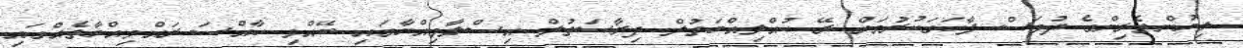
ލިޔުންތެރިންގެ ދުވަސް ފާހަގަކުރުމަށް ރޭ ކުއްލިއްޔަތުލް ދިރާސަތުލް އިސްލާމިއްޔާގައި ބޭއްވި ހާއްސަ ރައްމިއްޔާތެއްގައި